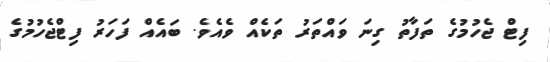
ފިޓް ޖެހުމުގެ ތަފާތު ގިނަ ވައްތަރު ތަކެއް ވެއެވެ. ބައެއް ފަހަރު ފިޓްޖެހުމުގެ